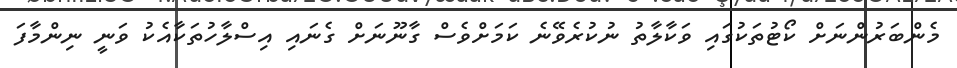
މެންބަރުންނަށް ކޯޓުތަކުގައި ވަކާލާތު ނުކުރެވޭނެ ކަމަށްވެސް ގާނޫނަށް ގެނައި އިސްލާހުތަކާއެކު ވަނީ ނިންމާފަ